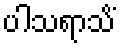
ပါသရာသိံ